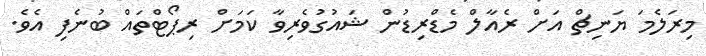
މިރަލެމަ ޔަނިޗް އަށް ރެއާލް މެޑްރިޑުން ޝައުގުވެރިވާ ކަމަށް ރިޕޯޓްތައް ބުނެފި އެވެ.